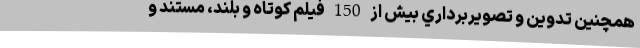
همچنین تدوين و تصويربرداري بيش از 150 فيلم كوتاه و بلند، مستند و